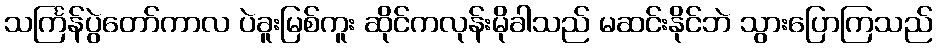
သင်္ကြန်ပွဲတော်ကာလ ပဲခူးမြစ်ကူး ဆိုင်ကလုန်းမိုခါသည် မဆင်းနိုင်ဘဲ သွားပြောကြသည်